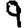
Digit: 9